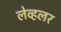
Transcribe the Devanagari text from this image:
लेव्हलर